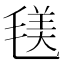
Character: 𣮺